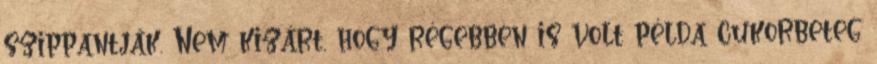
szippantják. Nem kizárt, hogy régebben is volt példa cukorbeteg